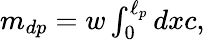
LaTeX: \begin{array}{r}{m_{dp}=w\int_{0}^{\ell_{p}}dxc,}\end{array}